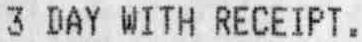
3 DAY WITH RECEIPT.